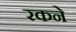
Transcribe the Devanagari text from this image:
रकने